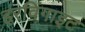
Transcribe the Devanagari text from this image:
इरविंगाइट